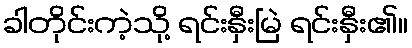
ခါတိုင်းကဲ့သို့ ရင်းနှီးမြဲ ရင်းနှီး၏။